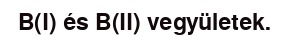
B(I) és B(II) vegyületek.